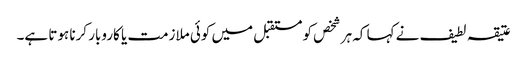
عتیقہ لطیف نے کہا کہ ہر شخص کو مستقبل میں کوئی ملازمت یا کاروبار کرنا ہوتا ہے۔